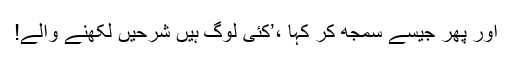
اور پھر جیسے سمجھ کر کہا ،’کئی لوگ ہیں شرحیں لکھنے والے!